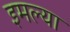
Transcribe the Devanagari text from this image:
इमल्या